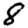
Digit: 8